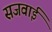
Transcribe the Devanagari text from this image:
सजवाई